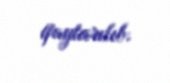
qaytarılıb.